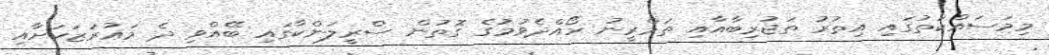
މިމަސައްކަތުގައި އިތުރު ތަޖުރިބާއާއި ތަމްރީނު ހޯއްދެވުމުގެ ގޮތުން ސްރީލަންކާގައި ބޭއްވި ދެ މަޢުރަޒަކަށާއި